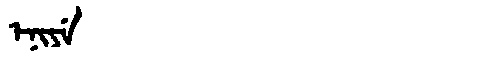
Manchu: ᡝᠨᡳᠶᡝ
Romanization: ENIYE